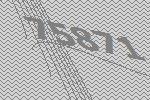
75871